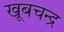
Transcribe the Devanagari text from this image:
खूबचन्द्र